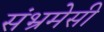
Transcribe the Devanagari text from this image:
संभ्रमेसी